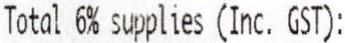
TOTAL 6% SUPPLIES (INC. GST):